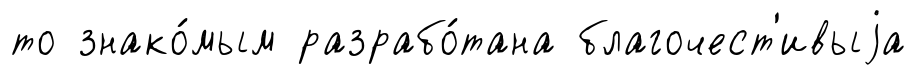
то знако́мым разрабо́тана благочест'ивыjа